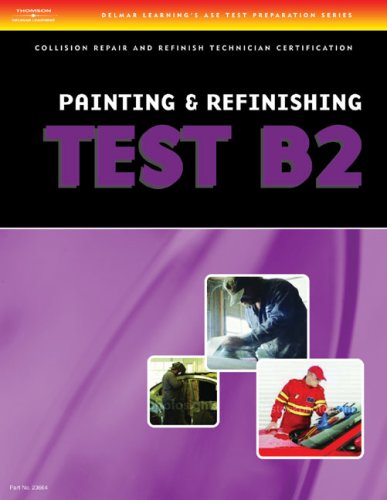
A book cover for ASE Test Preparation Collision Repair and Refinish Series (B2-B6) (ASE Test Prep for Collision Series); Thomson Delmar Learning; Test Preparation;